Scottish Leaving Certificate Examination, 1952
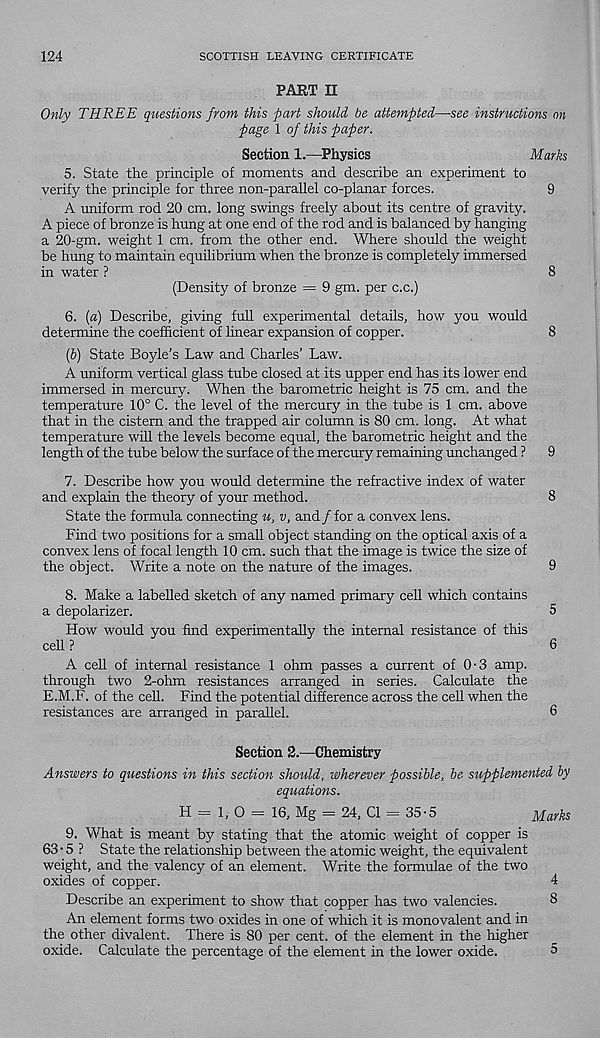
124
SCOTTISH LEAVING CERTIFICATE
PART II
Only THREE questions from this part should be attempted—see instructions on
page 1 of this paper.
Section 1.—Physics
Marks
5. State the principle of moments and describe an experiment to
verify the principle for three non-parallel co-planar forces.
9
A uniform rod 20 cm. long swings freely about its centre of gravity.
A piece of bronze is hung at one end of the rod and is balanced by hanging
a 20-gm. weight 1 cm. from the other end. Where should the weight
be hung to maintain equilibrium when the bronze is completely immersed
in water ?
8
(Density of bronze — 9 gm. per c.c.)
6. [a) Describe, giving full experimental details, how you would
determine the coefficient of linear expansion of copper.
8
{b) State Boyle's Law and Charles’ Law.
A uniform vertical glass tube closed at its upper end has its lower end
immersed in mercury. When the barometric height is 75 cm. and the
temperature 10° C. the level of the mercury in the tube is 1 cm. above
that in the cistern and the trapped air column is 80 cm. long. At what
temperature will the levels become equal, the barometric height and the
length of the tube below the surface of the mercury remaining unchanged ? 9
7. Describe how you would determine the refractive index of water
and explain the theory of your method.
8
State the formula connecting u, v, and / for a convex lens.
Find two positions for a small object standing on the optical axis of a
convex lens of focal length 10 cm. such that the image is twice the size of
the object. Write a note on the nature of the images.
9
8. Make a labelled sketch of any named primary cell which contains
a depolarizer.
5
How would you find experimentally the internal resistance of this
cell?
6
A cell of internal resistance 1 ohm passes a current of 0-3 amp.
through two 2-ohm resistances arranged in series. Calculate the
E.M.F. of the cell. Find the potential difference across the cell when the
resistances are arranged in parallel.
6
Section 2.—Chemistry
Answers to questions in this section should, wherever possible, be supplemented by
equations.
H = 1, O = 16, Mg = 24, Cl = 35-5
Marks
9. What is meant by stating that the atomic weight of copper is
63 • 5 ? State the relationship between the atomic weight, the equivalent
weight, and the valency of an element. Write the formulae of the two
oxides of copper.
4
Describe an experiment to show that copper has two valencies.
8
An element forms two oxides in one of which it is monovalent and in
the other divalent. There is 80 per cent, of the element in the higher
oxide. Calculate the percentage of the element in the lower oxide.
5